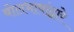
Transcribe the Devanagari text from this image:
बोलभाषांद्वारे